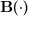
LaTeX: \mathbf { B } ( \cdot )